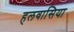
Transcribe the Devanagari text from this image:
हलवासिया